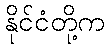
နိုင်ငံတို့က